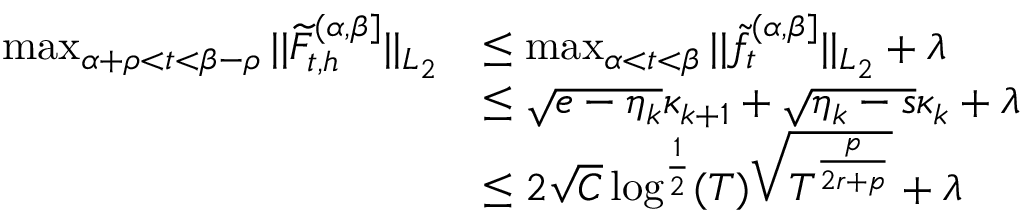
\begin{array} { r l } { \operatorname* { m a x } _ { \alpha + \rho < t < \beta - \rho } \vert \vert \widetilde { F } _ { t , h } ^ { ( \alpha , \beta ] } \vert \vert _ { L _ { 2 } } } & { \leq \operatorname* { m a x } _ { \alpha < t < \beta } \vert \vert \widetilde { f } _ { t } ^ { ( \alpha , \beta ] } \vert \vert _ { L _ { 2 } } + \lambda } \\ & { \leq \sqrt { e - \eta _ { k } } \kappa _ { k + 1 } + \sqrt { \eta _ { k } - s } \kappa _ { k } + \lambda } \\ & { \le 2 \sqrt { C } \log ^ { \frac { 1 } { 2 } } ( T ) \sqrt { T ^ { \frac { p } { 2 r + p } } } + \lambda } \end{array}